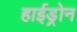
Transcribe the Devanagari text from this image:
हाईड्रोन